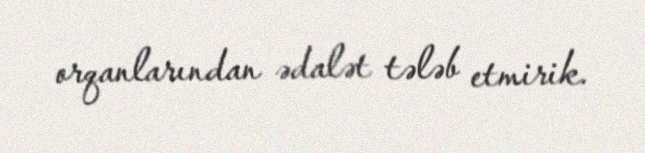
orqanlarından ədalət tələb etmirik.